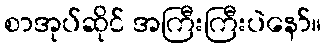
စာအုပ်ဆိုင် အကြီးကြီးပဲနော်။